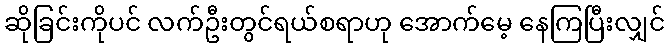
ဆိုခြင်းကိုပင် လက်ဦးတွင်ရယ်စရာဟု အောက်မေ့ နေကြပြီးလျှင်